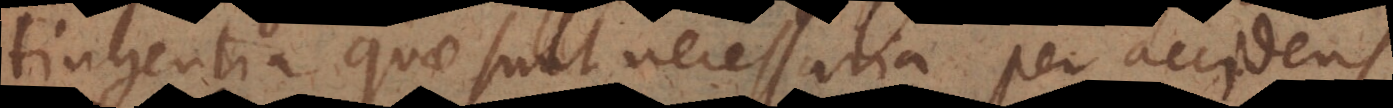
contingentia quae sunt necessaria per accidens.